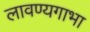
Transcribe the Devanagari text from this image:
लावण्यगाभा